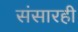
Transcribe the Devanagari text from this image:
संसारही